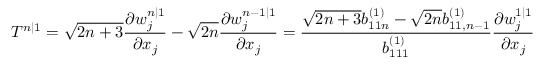
T ^ { n | 1 } = \sqrt { 2 n + 3 } \frac { \partial w _ { j } ^ { n | 1 } } { \partial x _ { j } } - \sqrt { 2 n } \frac { \partial w _ { j } ^ { n - 1 | 1 } } { \partial x _ { j } } = \frac { \sqrt { 2 n + 3 } b _ { 1 1 n } ^ { ( 1 ) } - \sqrt { 2 n } b _ { 1 1 , n - 1 } ^ { ( 1 ) } } { b _ { 1 1 1 } ^ { ( 1 ) } } \frac { \partial w _ { j } ^ { 1 | 1 } } { \partial x _ { j } }